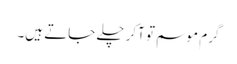
گرم موسم تو آکر چلے جاتے ہیں۔